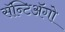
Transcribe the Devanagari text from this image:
सॅन्टिॲगो